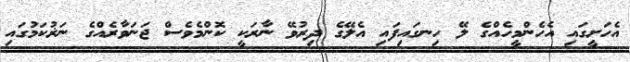
އެހަށީގައި އެހެންމީހެއްގެ ލޭ ހިނގައިފައި އެލޭގެ ދިރުވޭ ނާރަކީ ކޮންމެވެސް ޖަނަވާރެއްގެ ނަޜުކަމުގައި